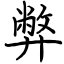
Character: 弊